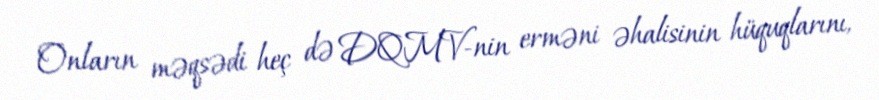
Onların məqsədi heç də DQMV-nin erməni əhalisinin hüquqlarını,